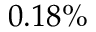
0 . 1 8 \%